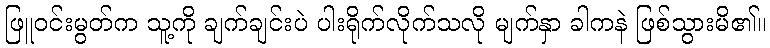
ဖြူဝင်းမွတ်က သူ့ကို ချက်ချင်းပဲ ပါးရိုက်လိုက်သလို မျက်နှာ ခါကနဲ ဖြစ်သွားမိ၏။